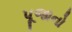
પૂજાનો